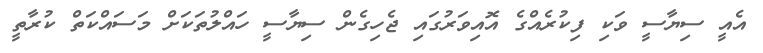
އެއީ ސިޔާސީ ވަކި ފިކުރެއްގެ އޮއިވަރުގައި ޖެހިގެން ސިޔާސީ ހައްލުތަކަށް މަސައްކަތް ކުރާތީ